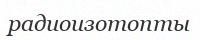
радиоизотопты